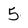
Character: 5